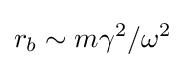
r_{b}\sim m\gamma ^{2}/\omega ^{2}